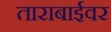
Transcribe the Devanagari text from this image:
ताराबाईवर